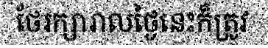
ថែរក្សារាលថ្ងៃនេះក៏ត្រូវ